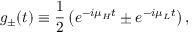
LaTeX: g _ { \pm } ( t ) \equiv \frac { 1 } { 2 } \left( e ^ { - i \mu _ { H } t } \pm e ^ { - i \mu _ { L } t } \right) ,